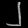
Digit: ၂